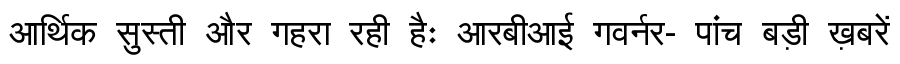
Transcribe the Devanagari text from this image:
आर्थिक सुस्ती और गहरा रही हैः आरबीआई गवर्नर- पांच बड़ी ख़बरें